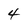
Character: 4